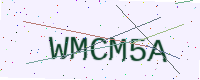
Text: WMCM5A